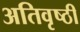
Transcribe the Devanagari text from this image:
अतिवृष्ठी